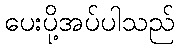
ပေးပို့အပ်ပါသည်